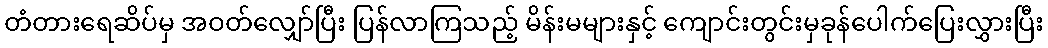
တံတားရေဆိပ်မှ အဝတ်လျှော်ပြီး ပြန်လာကြသည့် မိန်းမများနှင့် ကျောင်းတွင်းမှခုန်ပေါက်ပြေးလွှားပြီး